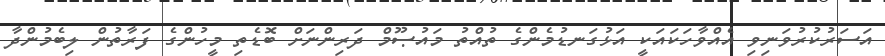
އަސަރުކުރުވަނިވި އެއްވާހަކައަކީ އަޅުގަނޑުމެންގެ ތުއްތު މައުޞޫމް ދަރިންނަށް ބޮޑެތި މީހުންގެ ފަރާތުން ލިބެމުންދާ